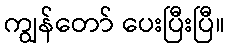
ကျွန်တော် ပေးပြီးပြီ။